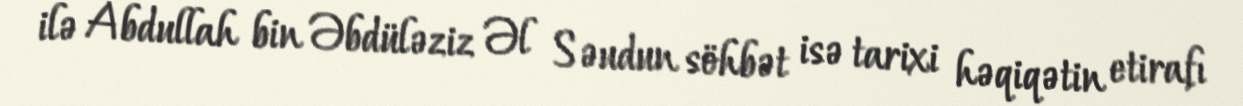
ilə Abdullah bin Əbdüləziz Əl Səudun söhbət isə tarixi həqiqətin etirafı